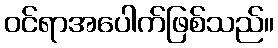
ဝင်ရာအပေါက်ဖြစ်သည်။